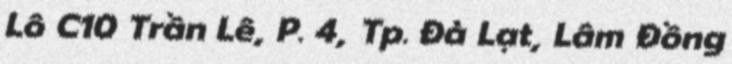
Lô C10 Trần Lê, P. 4, Tp. Đà Lạt, Lâm Đồng